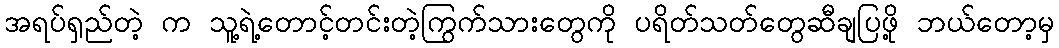
အရပ်ရှည်တဲ့ က သူ့ရဲ့တောင့်တင်းတဲ့ကြွက်သားတွေကို ပရိတ်သတ်တွေဆီချပြဖို့ ဘယ်တော့မှ